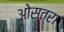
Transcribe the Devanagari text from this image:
ओसत्रा